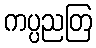
ကပ္ပညတြ